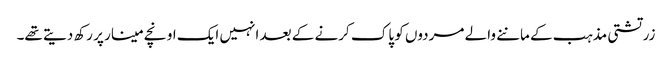
زرتشتی مذہب کے ماننے والے مردوں کو پاک کرنے کے بعد انہیں ایک اونچے مینار پر رکھ دیتے تھے۔